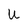
Character: U